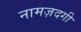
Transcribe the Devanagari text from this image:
नामज़दगी